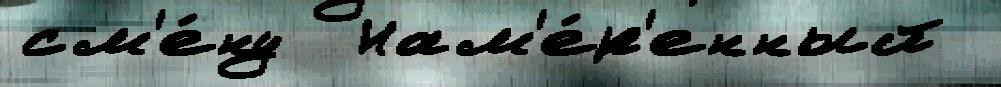
см'е́ну  Нам'е́р'енный